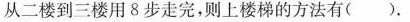
从二楼到三楼用8步走完，则上楼梯的方法有( )。